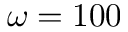
\omega = 1 0 0